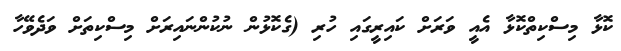
ކޮޅާ މިސްކިތްކޮޅާ އެއީ ވަރަށް ކައިރީގައި ހުރި (ގެކޮޅުން ނުކުންނައިރަށް މިސްކިތަށް ވަދެވޭހާ